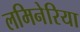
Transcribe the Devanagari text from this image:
लमिनेरिया